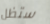
ستظل